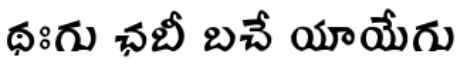
థఃగు ఛబీ బచే యాయేగు